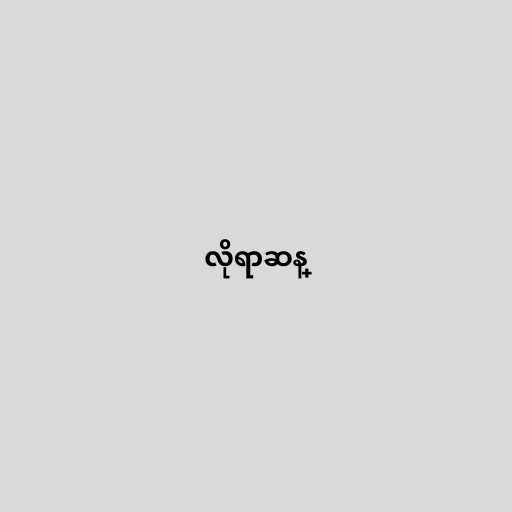
လိုရာဆန္